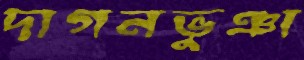
দাগনভুঞা